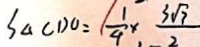
S _ { \Delta } C D O = \frac { 1 } { 4 } \times \frac { 3 \sqrt { 7 } } { 2 }